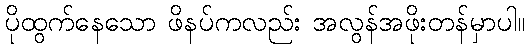
ပိုထွက်နေသော ဖိနပ်ကလည်း အလွန်အဖိုးတန်မှာပါ။